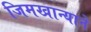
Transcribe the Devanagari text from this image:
जिमखान्याने